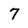
Character: 7